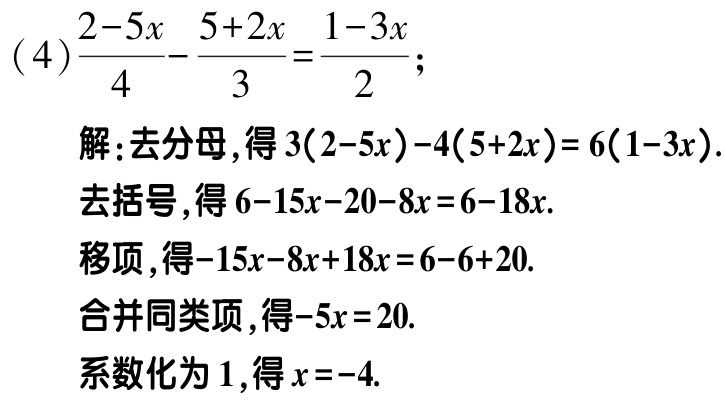
(4)\(\frac{2 - 5x}{4} - \frac{5 + 2x}{3} = \frac{1 - 3x}{2}\);

解:去分母,得\(3(2 - 5x) - 4(5 + 2x) = 6(1 - 3x)\).

去括号,得\(6 - 15x - 20 - 8x = 6 - 18x\).

移项,得\(-15x - 8x + 18x = 6 - 6 + 20\).

合并同类项,得\(-5x = 20\).

系数化为\(1\),得\(x = -4\).